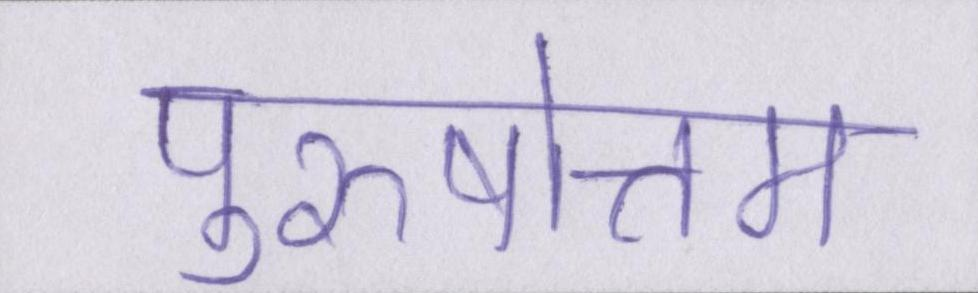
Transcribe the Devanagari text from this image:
पुरुषोत्तम